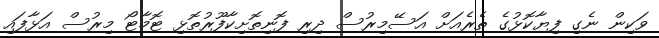
ވަކިން ނެގި ފިޔާކޮޅުގެ ތެރެއަށް އަސޭމިރުސް ދިރި ފޮނިތޮށިކާފޫރުތޮޅި ޓޮމާޓޯ މިރުސް އަޅާފައި